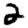
Digit: 2